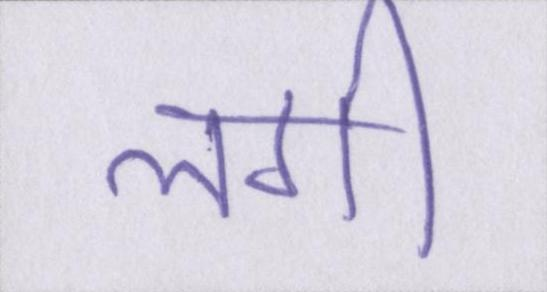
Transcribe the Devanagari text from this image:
लगी